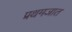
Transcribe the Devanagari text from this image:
प्रथमजात